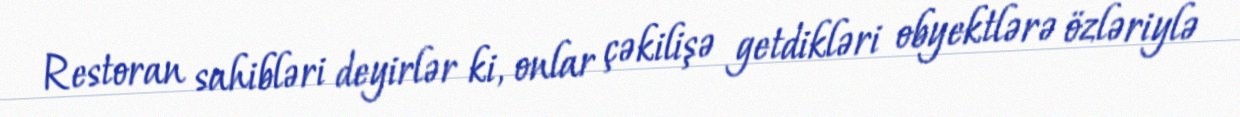
Restoran sahibləri deyirlər ki, onlar çəkilişə getdikləri obyektlərə özləriylə